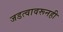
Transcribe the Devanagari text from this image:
जडत्वावरूनही